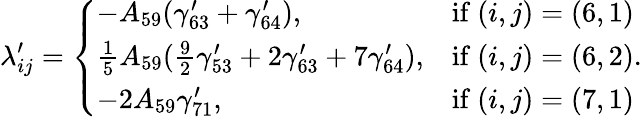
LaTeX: \lambda_{ij}^{\prime}=\left\{ \begin{array}{ll}{-A_{59}(\gamma_{63}^{\prime}+\gamma_{64}^{\prime}),}&{\mathrm{if~}(i,j)=(6,1)}\\ {\frac{1}{5}A_{59}(\frac{9}{2}\gamma_{53}^{\prime}+2\gamma_{63}^{\prime}+7\gamma_{64}^{\prime}),}&{\mathrm{if~}(i,j)=(6,2)}\\ {-2A_{59}\gamma_{71}^{\prime},}&{\mathrm{if~}(i,j)=(7,1)}\end{array}\right..